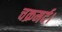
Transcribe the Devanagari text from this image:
चक्रमर्द।